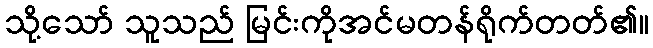
သို့သော် သူသည် မြင်းကိုအင်မတန်ရိုက်တတ်၏။